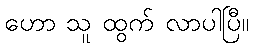
ဟော သူ ထွက် လာပါပြီ။